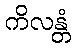
ကိလန္တံ